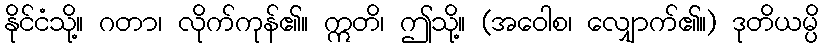
နိုင်ငံသို့။ ဂတာ၊ လိုက်ကုန်၏။ ဣတိ၊ ဤသို့။ (အဝေါစ၊ လျှောက်၏။) ဒုတိယမ္ပိ